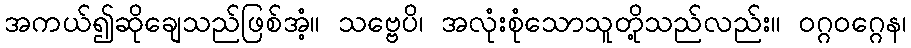
အကယ်၍ဆိုချေသည်ဖြစ်အံ့။ သဗ္ဗေပိ၊ အလုံးစုံသောသူတို့သည်လည်း။ ဝဂ္ဂဝဂ္ဂေန၊